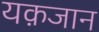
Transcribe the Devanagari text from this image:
यक़जान